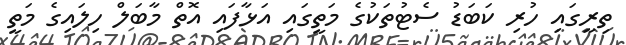
ތިރީގައި ހުރި ކަބަޑު ސެޓުތަކުގެ މަތީގައި އަޅާފައި އޮތް މާބަލް ހިލައިގެ މަތީ